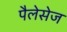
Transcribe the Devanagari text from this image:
पैलेसेज